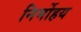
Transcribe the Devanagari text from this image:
निर्मोहय